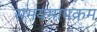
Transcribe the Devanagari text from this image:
समयमापक्रम